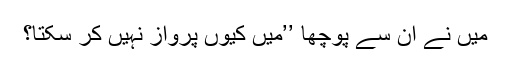
میں نے ان سے پوچھا ’’میں کیوں پرواز نہیں کر سکتا؟